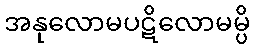
အနုလောမပဋိလောမမ္ပိ